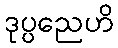
ဒုပ္ပညေဟိ